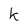
Character: k